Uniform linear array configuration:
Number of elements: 24
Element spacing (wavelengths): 0.75
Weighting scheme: binomial
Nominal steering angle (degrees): -45
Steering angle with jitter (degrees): -44.854
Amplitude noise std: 0.05
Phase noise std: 0.05

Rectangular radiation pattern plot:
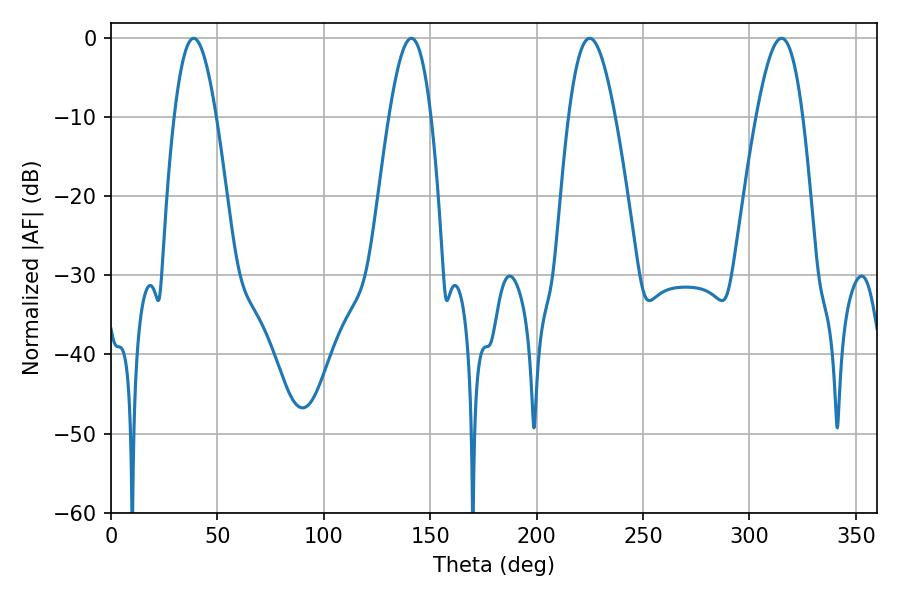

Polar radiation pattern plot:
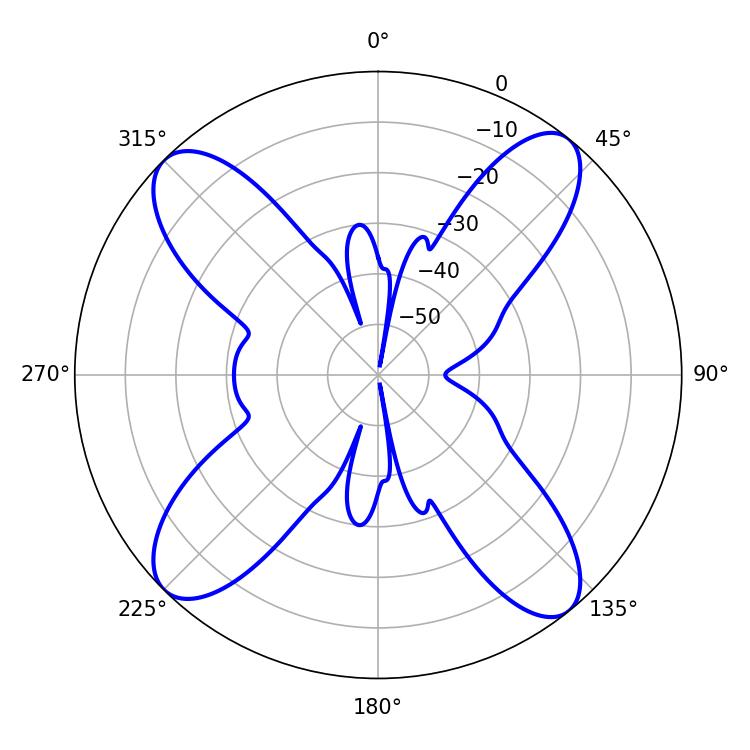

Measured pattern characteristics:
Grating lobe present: TRUE
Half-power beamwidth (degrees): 10.8
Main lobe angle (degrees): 38.88